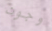
وجون